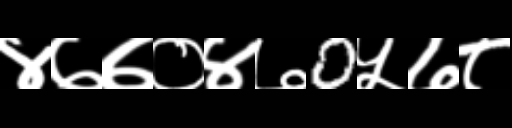
Text: ४७७०४७0५७८